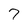
Character: 7